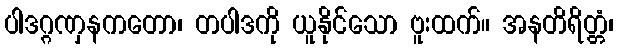
ပါဒဂ္ဂဏှနကတော၊ တပါဒကို ယူနိုင်သော ဗူးထက်။ အနတိရိတ္တံ၊